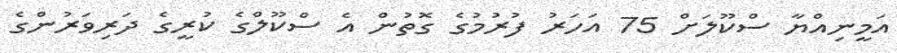
އަމީނިއްޔާ ސްކޫލަށް 75 އަހަރު ފުރުމުގެ ގޮތުން އެ ސްކޫލްގެ ކުރީގެ ދަރިވަރުންގެ